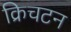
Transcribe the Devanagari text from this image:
क्रिचटन